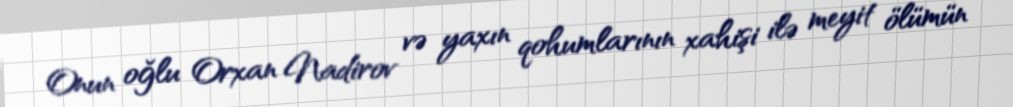
Onun oğlu Orxan Nadirov və yaxın qohumlarının xahişi ilə meyit ölümün